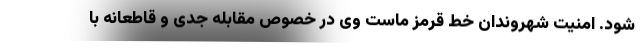
شود. امنیت شهروندان خط قرمز ماست وی در خصوص مقابله جدی و قاطعانه با